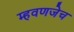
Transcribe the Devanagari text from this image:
म्हवणजेच